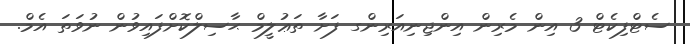
ސެޓްފިކެޓް 3 އިން މެރިން އިންޖިނިއަރިންގ ފަށާ ތަޢުލީމް ޙާސިލްކޮށްފައިވުން ނުވަތަ އެމް.